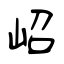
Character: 岹